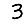
Digit: 3